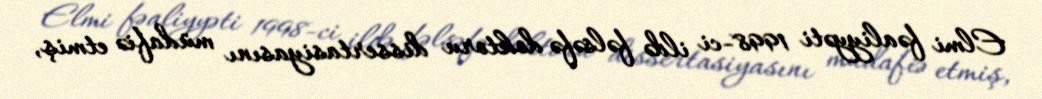
Elmi fəaliyyəti 1998-ci ildə fəlsəfə doktoru dissertasiyasını müdafiə etmiş,